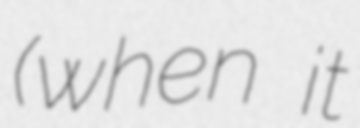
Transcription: (when it